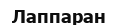
Лаппаран